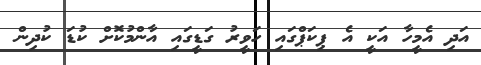
އަދި އެމީހާ އަކީ އެ ޕިކަޕްގައި ހަވީރު ގަޑީގައި އާންމުކޮށް ކުޑަ ކުދިން